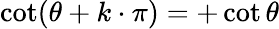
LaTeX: \cot(\theta+k\cdot\pi)=+\cot\theta